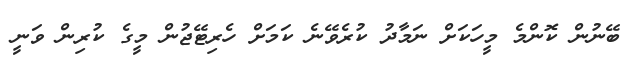
ބޭނުން ކޮންމެ މީހަކަށް ނަމާދު ކުރެވޭނެ ކަމަށް ހެރިޓޭޖުން މީގެ ކުރިން ވަނީ